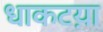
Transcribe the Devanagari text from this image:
धाकटय़ा